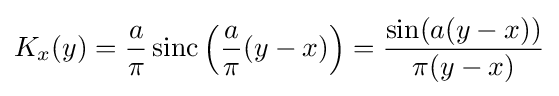
K_{x}(y)={\frac {a}{\pi }}\operatorname {sinc} \left({\frac {a}{\pi }}(y-x)\right)={\frac {\sin(a(y-x))}{\pi (y-x)}}